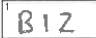
Transcription: BIZ